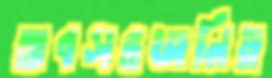
অবসরজনিত